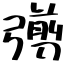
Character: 彅